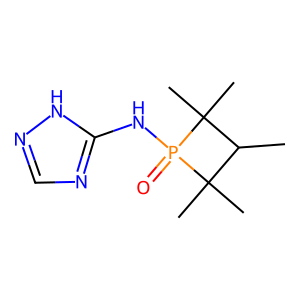
SMILES: CC1C(C)(C)P(=O)(Nc2ncn[nH]2)C1(C)C
Inhibits HIV replication: No